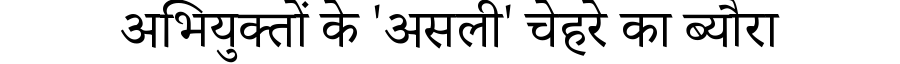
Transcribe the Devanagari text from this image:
अभियुक्तों के 'असली' चेहरे का ब्यौरा